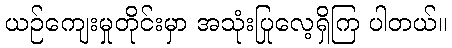
ယဉ်ကျေးမှုတိုင်းမှာ အသုံးပြုလေ့ရှိကြ ပါတယ်။